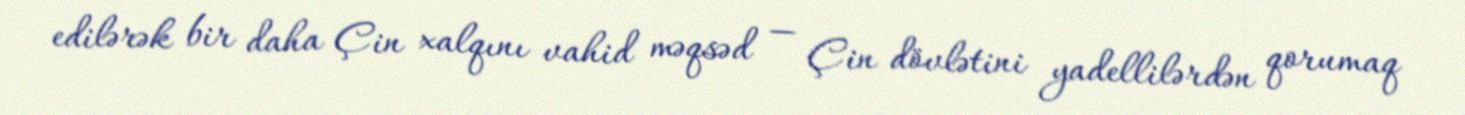
edilərək bir daha Çin xalqını vahid məqsəd — Çin dövlətini yadellilərdən qorumaq